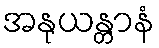
အနုယန္တာနံ